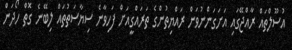
އުސޫލްތައް ރާއްޖޭގައި އަށަގަންނުވަން ރައްޔިތުންގެ ތަރައްގީއަށް ފަހިވާނެ ސިޔާސަތުތައް ލިބޭނެ ގޮތް ހޯދަން